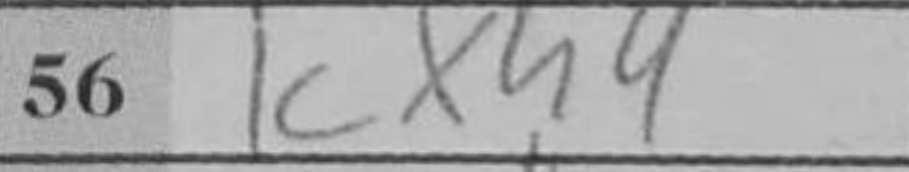
Transcription: Kxh4